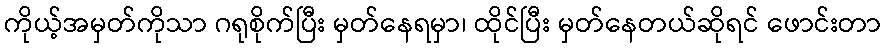
ကိုယ့်အမှတ်ကိုသာ ဂရုစိုက်ပြီး မှတ်နေရမှာ၊ ထိုင်ပြီး မှတ်နေတယ်ဆိုရင် ဖောင်းတာ